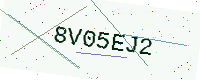
Text: 8V05EJ2